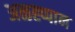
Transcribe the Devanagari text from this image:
अळह्प्पान